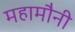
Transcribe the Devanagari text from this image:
महामौनी